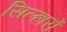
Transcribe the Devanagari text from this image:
सिल्हारों